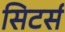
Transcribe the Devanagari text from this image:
सिटर्स